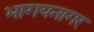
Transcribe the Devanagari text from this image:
भागयनागर